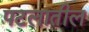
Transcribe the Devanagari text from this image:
पटलातील